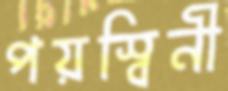
পয়স্বিনী